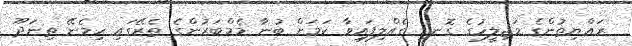
ރައްޔިތުންގެ މަޖިލީހުގެ ގޮނޑި ގެއްލިފައިވާ ކަމަށް ބުނާ މެމްބަރުންގެ ތެރޭގައި ހިމެނޭ ތިނަދޫ